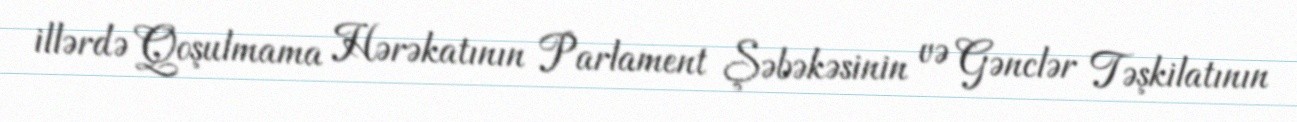
illərdə Qoşulmama Hərəkatının Parlament Şəbəkəsinin və Gənclər Təşkilatının